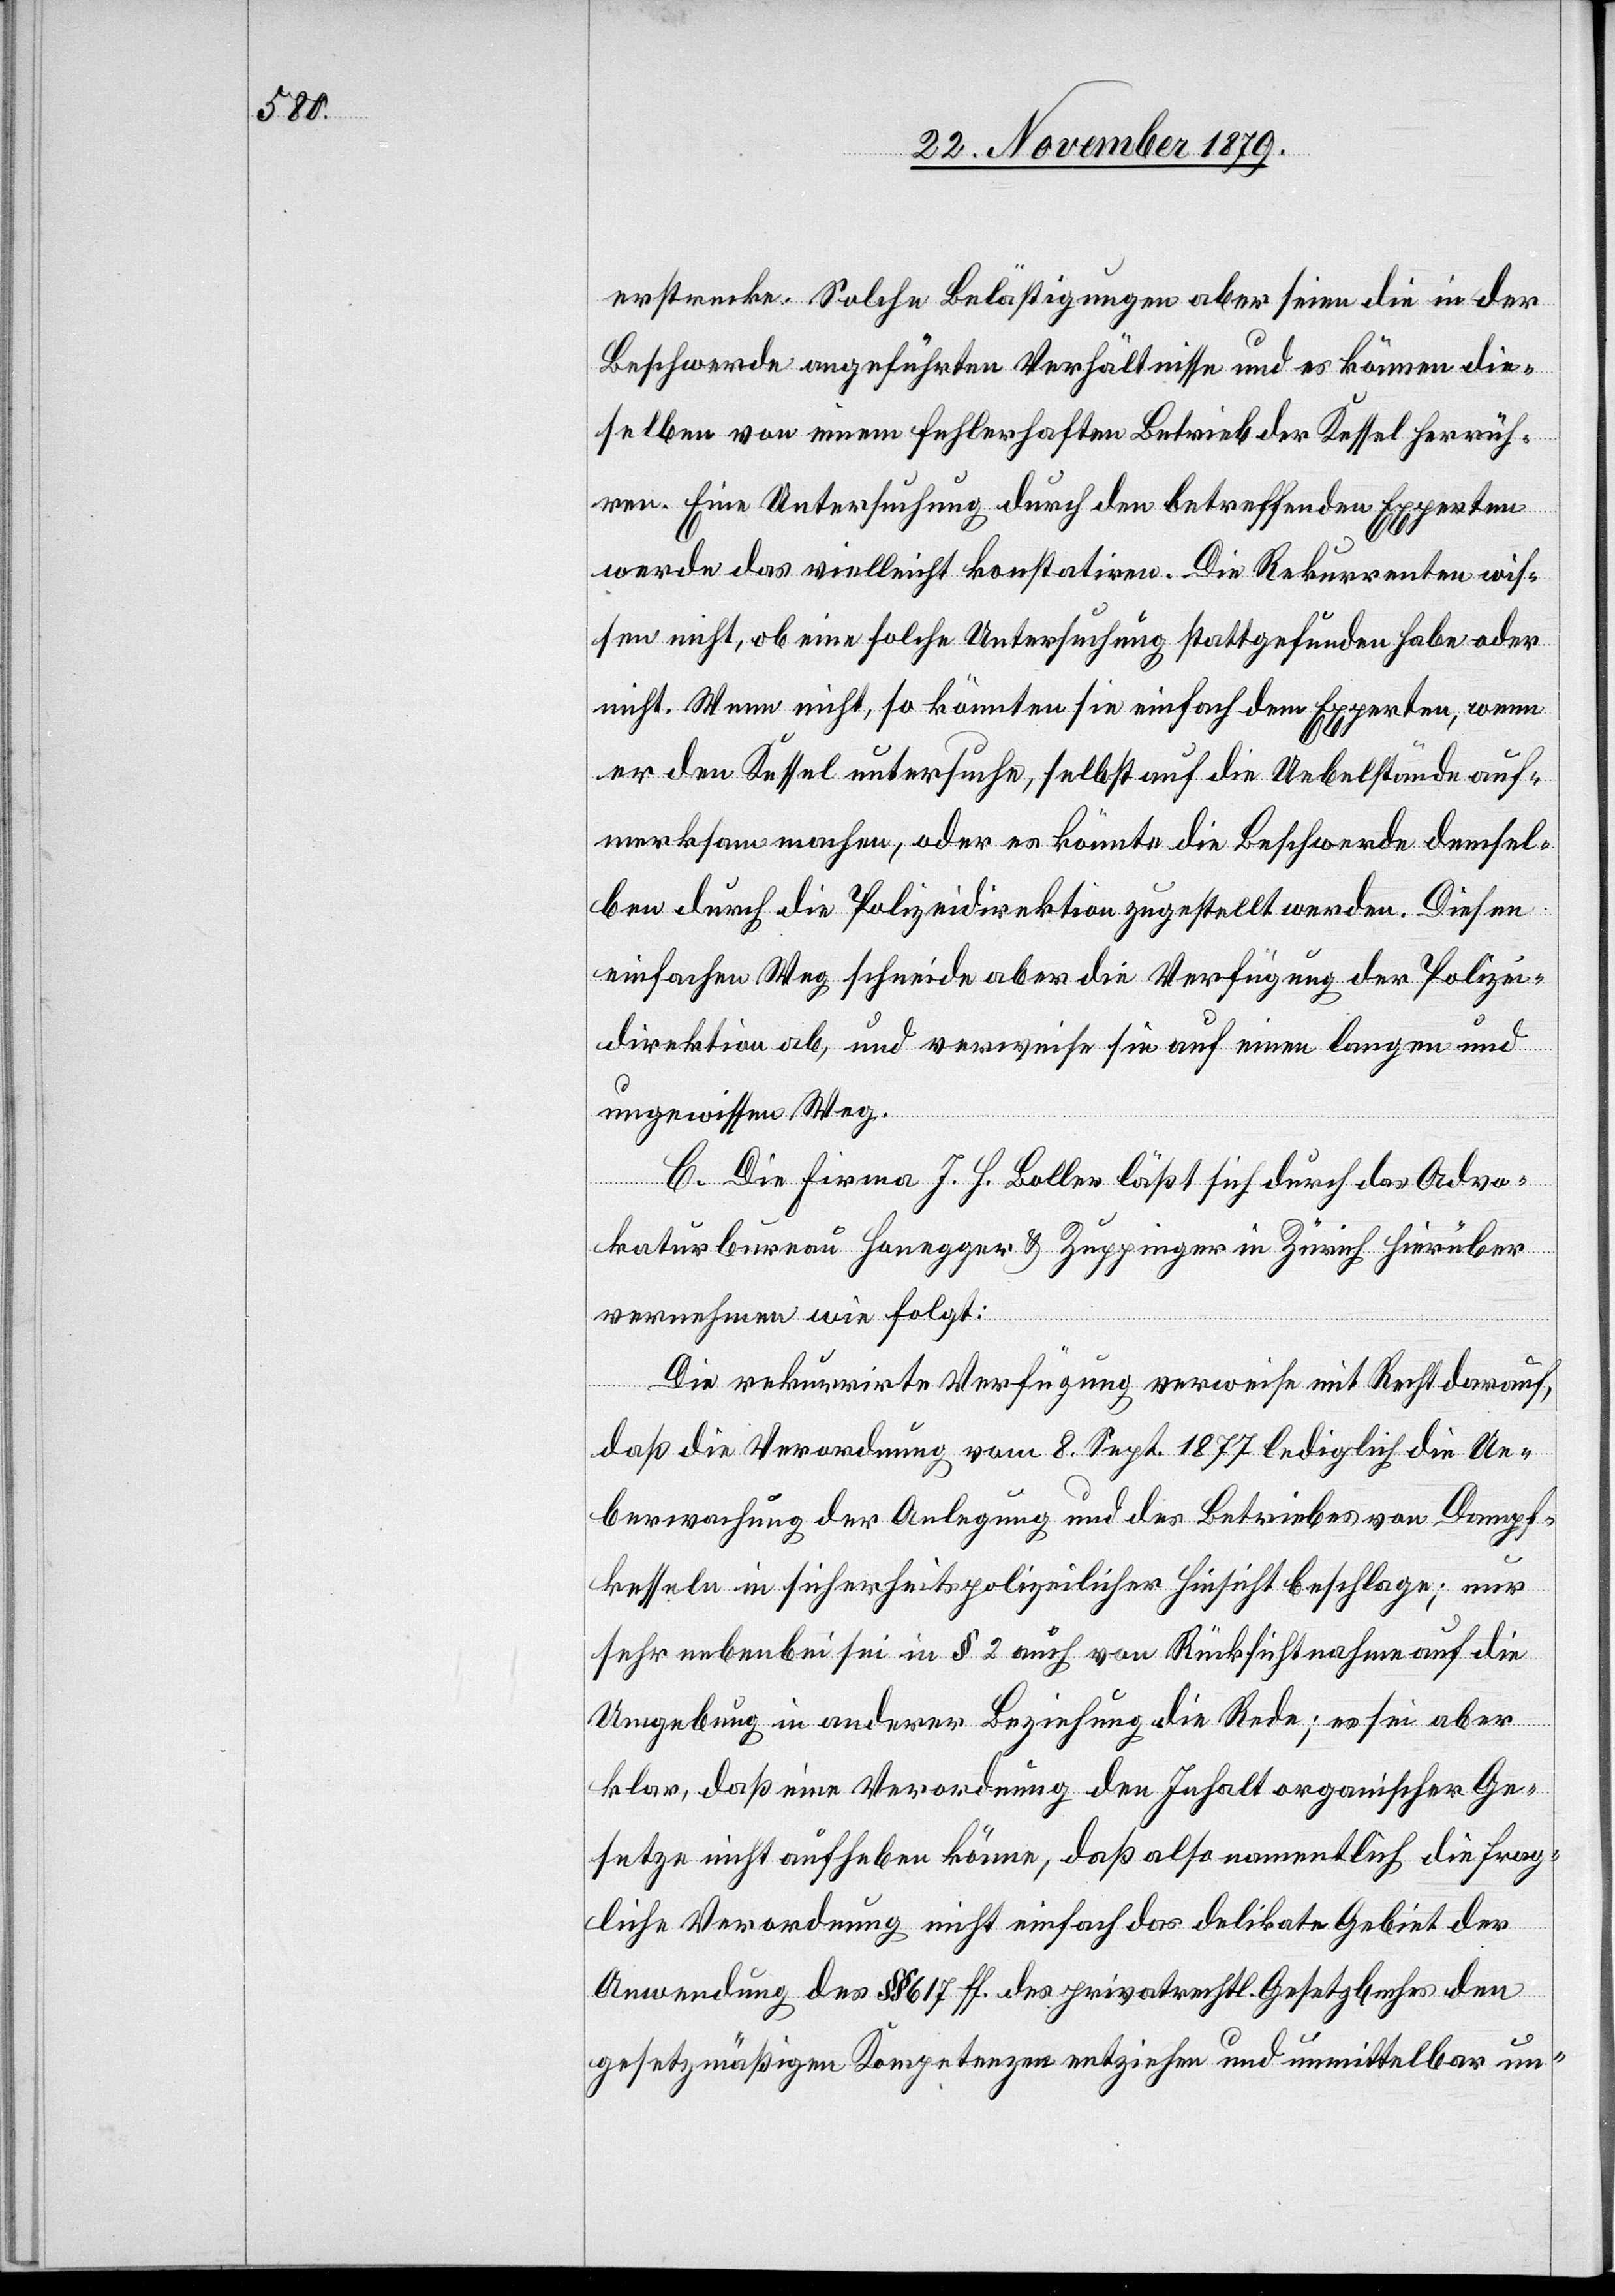
erstrecke. Solche Belästigungen aber seien die in der
Beschwerde angeführten Verhältnisse und es können die¬
selben von einem fehlerhaften Betrieb der Kessel herrüh¬
ren. Eine Untersuchung durch den betreffenden Experten
werde das vielleicht konstatiren. Die Rekurrenten wis¬
sen nicht, ob eine solche Untersuchung stattgefunden habe oder
nicht. Wenn nicht, so könnten sie einfach dem [sic!] Experten, wenn
er den Kessel untersuche, selbst auf die Uebelstände auf¬
merksam machen, oder es könnte die Beschwerde demsel¬
ben durch die Polizeidirektion zugestellt werden. Diesen
einfachen Weg schneide aber die Verfügung der Polizei¬
direktion ab, und verweise sie auf einen langen und
ungewissen Weg.
C. Die Firma J. H. Boller läßt sich durch das Advo¬
katurbureau Honegger & Zuppinger in Zürich hierüber
vernehmen wie folgt:
Die rekurrirte Verfügung verweise mit Recht darauf,
daß die Verordnung vom 8. Sept. 1877 lediglich die Ue¬
bermachung der Anlegung und des Betriebes von Dampf¬
kesseln in sicherheitspolizeilicher Hinsicht beschlage; nur
sehr nebenbei sei in § 2 auch von Rücksichtnahme auf die
Umgebung in anderer Beziehung die Rede; es sei aber
klar, daß eine Verordnung den Inhalt organischer Ge¬
setze nicht aufheben könne, daß also namentlich die frag¬
liche Verordnung nicht einfach das delikate Gebiet der
Anwendung des §§ 617 ff. des privatrechtl. Gesetzbuches den
gesetzmäßigen Kompetenzen entziehen und unmittelbar un-